Leaving Certificate, 1896
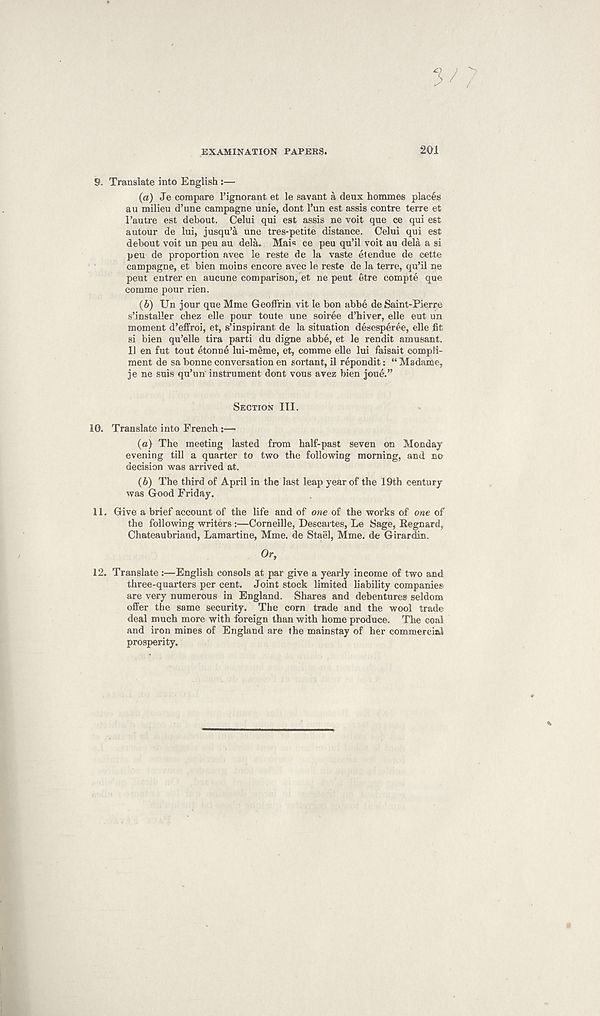
3/?
EXAMINATION PAPERS.
201
9.
Translate into English :—
(a) Je compare 1’ignorant et le savant a deux hommes places
an milieu d’une campagne unie, dont Tun est assis centre terre et
I’autre est debout. Celui qui est assis ne voit que ce qui est
autour de lui, jusqu’a une tres-petite distance. Celui qui est
debout voit un peu au dela. Mai« ce pen qu’il voit au dela a si
peu de proportion avec le reste de la vaste et endue de cette
campagne, et bien moins encore avec le reste de la terre, qu’il ne
peut entrer en aucune comparison, et ne peut etre eompte que
comme pour rien.
(b) Un jour que Mme Geoffrin vit le bon abbe de Saint-Pierre
s’installer chez elle pour toute une soiree d’hiver, elle eut un
moment d’effroi, et, s’inspirant de la situation desesperee, elle fit
si bien qu’elle tira parti du digne abbe, et le rendit amusant.
11 en fut tout etonne lui-meme, et, comme elle lui faisait compli-
ment de sa bonne conversation en sortant, il repondit: “ Madame,
je ne suis qu’un instrument dont vous avez bien joue.”
SECTION III.
10.
Translate into French :—
(а) The meeting lasted from half-past seven on Monday
evening till a quarter to two the following morning, and no
decision was arrived at.
(б) The third of April in the last leap year of the 19th century
was Good Friday.
11. Give a brief account of the life and of one of the works of one of
the following writers:—Corneille, Descartes, Le Sage, Regnard,
Chateaubriand, Lamartine, Mme. de Stael, Mme. de Girardin.
Or,
12. Translate :—English consols at par give a yearly income of two and
three-quarters per cent. Joint stock limited liability companies
are very numerous in England. Shares and debentures seldom
offer the same security. The corn trade and the wool trade
deal much more with foreign than with home produce. The coal
and iron mines of England are »he mainstay of her commercial
prosperity.